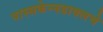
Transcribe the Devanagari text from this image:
पास्सकेन्नडायलचे